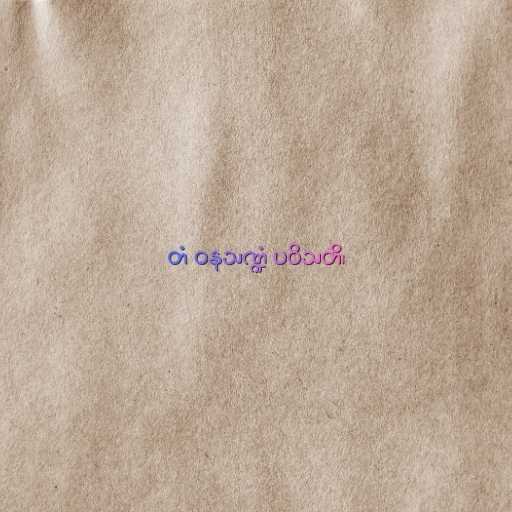
တံ ဝနသဏ္ဍံ ပဝိသတိ၊